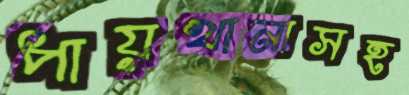
পায়খানাসহ